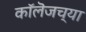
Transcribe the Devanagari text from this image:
काॅलॆजच्या